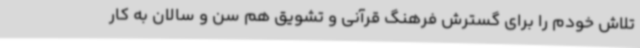
تلاش خودم را برای گسترش فرهنگ قرآنی و تشویق هم سن و سالان به کار